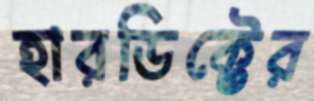
হারডিক্টের